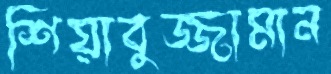
শিয়াবুজ্জামান